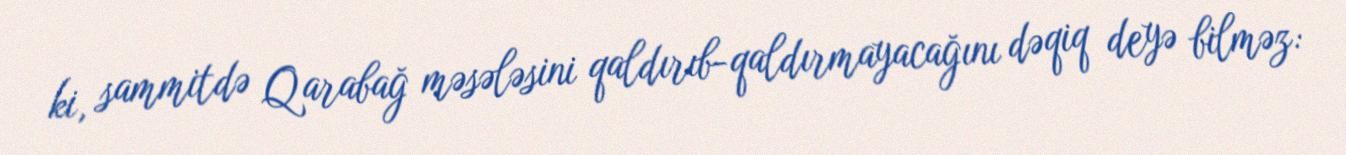
ki, sammitdə Qarabağ məsələsini qaldırıb-qaldırmayacağını dəqiq deyə bilməz: